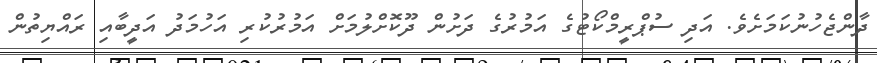
ދާންޖެހުނުކަމަށެވެ. އަދި ސުޕްރީމްކޯޓުގެ އަމުރުގެ ދަށުން ދޫކޮށްލުމަށް އަމުރުކުރި އަހުމަދު އަދީބާއި ރައްޔިތުން